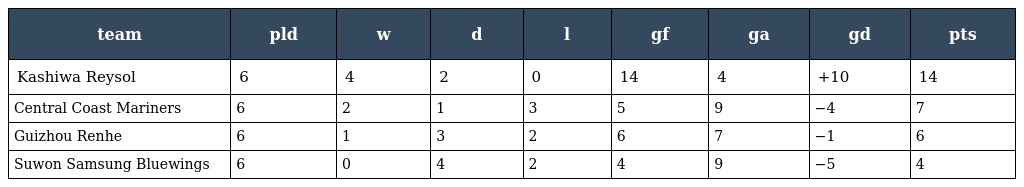
| team | pld | w | d | l | gf | ga | gd | pts |
 | --- | --- | --- | --- | --- | --- | --- | --- | --- |
 | Kashiwa Reysol | 6 | 4 | 2 | 0 | 14 | 4 | +10 | 14 |
 | Central Coast Mariners | 6 | 2 | 1 | 3 | 5 | 9 | −4 | 7 |
 | Guizhou Renhe | 6 | 1 | 3 | 2 | 6 | 7 | −1 | 6 |
 | Suwon Samsung Bluewings | 6 | 0 | 4 | 2 | 4 | 9 | −5 | 4 |